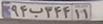
۹۴ب۳۴۴۱۱